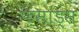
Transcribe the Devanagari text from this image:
फ़साड्स